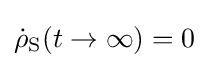
{\dot {\rho }}_{\rm {S}}(t\rightarrow \infty )=0